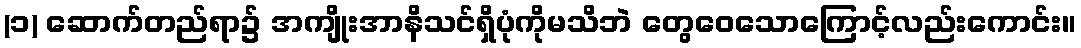
(၁) ဆောက်တည်ရာ၌ အကျိုးအာနိသင်ရှိပုံကိုမသိဘဲ တွေဝေသောကြောင့်လည်းကောင်း။